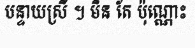
បន្ទាយស្រី ។ មិន តែ ប៉ុណ្ណោះ